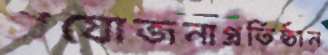
প্রযোজনাপ্রতিষ্ঠান